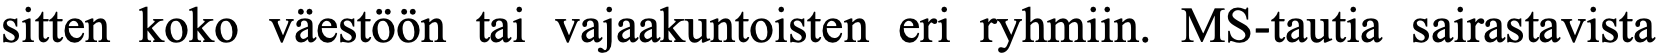
sitten koko väestöön tai vajaakuntoisten eri ryhmiin. MS-tautia sairastavista